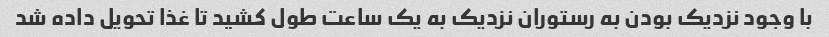
با وجود نزدیک بودن به رستوران نزدیک به یک ساعت طول کشید تا غذا تحویل داده شد